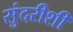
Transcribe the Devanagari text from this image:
सुंदरीशी